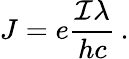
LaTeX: J=e\frac{{\cal I}\lambda}{hc}\, .